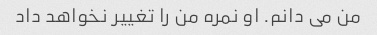
من می دانم. او نمره من را تغییر نخواهد داد